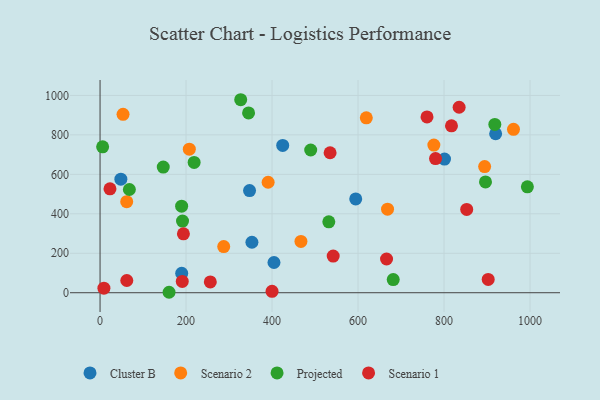
{"axis": {"x": "Ad Spend", "y": "Demand"}, "legend": ["Cluster B", "Projected", "Scenario 1", "Scenario 2"], "data": [{"x": "48.4", "y": 575.7, "type": "Cluster B"}, {"x": "424.8", "y": 746.5, "type": "Cluster B"}, {"x": "353.2", "y": 255.8, "type": "Cluster B"}, {"x": "801.1", "y": 677.4, "type": "Cluster B"}, {"x": "189.9", "y": 98.2, "type": "Cluster B"}, {"x": "404.5", "y": 153.1, "type": "Cluster B"}, {"x": "920.0", "y": 805.8, "type": "Cluster B"}, {"x": "347.7", "y": 517.7, "type": "Cluster B"}, {"x": "594.6", "y": 475.2, "type": "Cluster B"}, {"x": "53.5", "y": 904.3, "type": "Scenario 2"}, {"x": "776.3", "y": 748.1, "type": "Scenario 2"}, {"x": "207.6", "y": 727.5, "type": "Scenario 2"}, {"x": "961.5", "y": 828.2, "type": "Scenario 2"}, {"x": "894.4", "y": 639.3, "type": "Scenario 2"}, {"x": "619.2", "y": 886.3, "type": "Scenario 2"}, {"x": "62.0", "y": 461.6, "type": "Scenario 2"}, {"x": "390.9", "y": 559.9, "type": "Scenario 2"}, {"x": "287.6", "y": 234.1, "type": "Scenario 2"}, {"x": "668.6", "y": 423.7, "type": "Scenario 2"}, {"x": "467.2", "y": 260.1, "type": "Scenario 2"}, {"x": "189.7", "y": 438.5, "type": "Projected"}, {"x": "218.8", "y": 660.6, "type": "Projected"}, {"x": "993.8", "y": 536.8, "type": "Projected"}, {"x": "68.2", "y": 523.1, "type": "Projected"}, {"x": "918.1", "y": 853.2, "type": "Projected"}, {"x": "896.4", "y": 561.5, "type": "Projected"}, {"x": "345.4", "y": 911.3, "type": "Projected"}, {"x": "147.0", "y": 636.6, "type": "Projected"}, {"x": "160.5", "y": 2.3, "type": "Projected"}, {"x": "191.8", "y": 363.4, "type": "Projected"}, {"x": "532.0", "y": 359.4, "type": "Projected"}, {"x": "6.0", "y": 739.7, "type": "Projected"}, {"x": "681.8", "y": 66.6, "type": "Projected"}, {"x": "327.1", "y": 978.2, "type": "Projected"}, {"x": "489.9", "y": 723.5, "type": "Projected"}, {"x": "535.0", "y": 709.5, "type": "Scenario 1"}, {"x": "902.7", "y": 67.5, "type": "Scenario 1"}, {"x": "542.2", "y": 185.7, "type": "Scenario 1"}, {"x": "400.0", "y": 7.2, "type": "Scenario 1"}, {"x": "23.1", "y": 526.5, "type": "Scenario 1"}, {"x": "817.3", "y": 846.0, "type": "Scenario 1"}, {"x": "193.9", "y": 298.5, "type": "Scenario 1"}, {"x": "760.4", "y": 891.1, "type": "Scenario 1"}, {"x": "9.0", "y": 23.0, "type": "Scenario 1"}, {"x": "835.1", "y": 940.1, "type": "Scenario 1"}, {"x": "666.3", "y": 170.9, "type": "Scenario 1"}, {"x": "852.7", "y": 422.3, "type": "Scenario 1"}, {"x": "191.2", "y": 57.3, "type": "Scenario 1"}, {"x": "780.2", "y": 679.8, "type": "Scenario 1"}, {"x": "256.4", "y": 54.8, "type": "Scenario 1"}, {"x": "62.2", "y": 62.1, "type": "Scenario 1"}]}